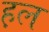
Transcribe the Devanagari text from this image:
ह़ल